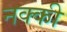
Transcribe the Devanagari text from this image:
नक्‍की